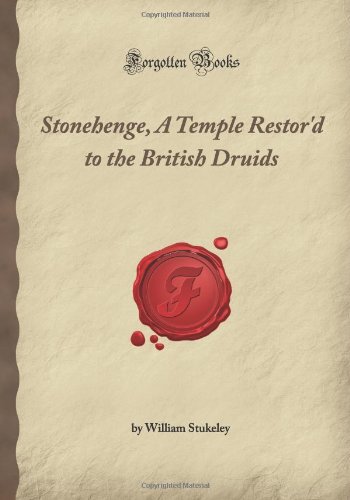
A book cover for Stonehenge, A Temple Restor'd to the British Druids (Forgotten Books); William Stukeley; Religion & Spirituality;